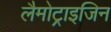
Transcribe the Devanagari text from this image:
लैमोट्राइजिन